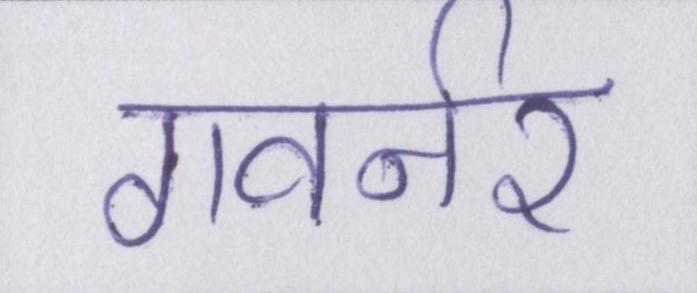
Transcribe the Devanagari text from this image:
गवर्नर